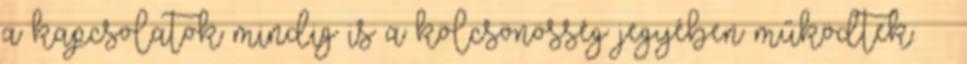
a kapcsolatok mindig is a kölcsönösség jegyében működtek. ··